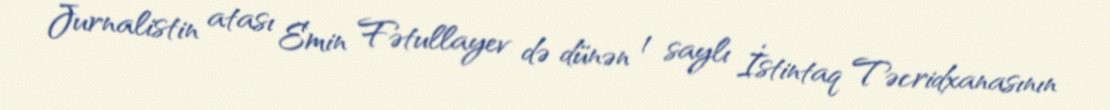
Jurnalistin atası Emin Fətullayev də dünən 1 saylı İstintaq Təcridxanasının